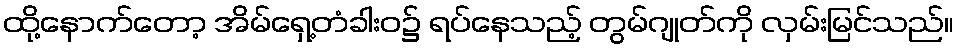
ထို့နောက်တော့ အိမ်ရှေ့တံခါးဝ၌ ရပ်နေသည့် တွမ်ဂျုတ်ကို လှမ်းမြင်သည်။